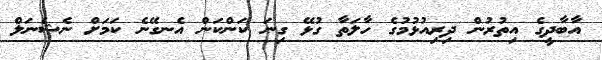
އާބާދީގެ އިތުރުން ދިރިއުޅުމުގެ ހާލަތާ ގުޅޭ ގިނަ ކަންކަން އެނގޭނެ ކަމަށް ނެޝެނަލް